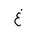
Letter: _gayn